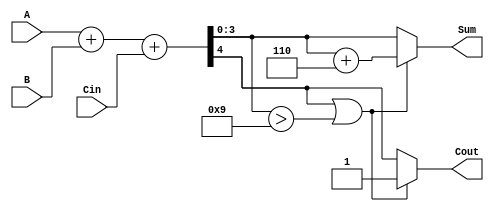
module BCD_Hybrid_Adder (
    input  wire [3:0] A,     // First BCD digit
    input  wire [3:0] B,     // Second BCD digit
    input  wire Cin,         // Carry input
    output reg [3:0] Sum,    // BCD output sum
    output reg Cout          // Carry output
);

    wire [4:0] S;            // 5-bit sum of A, B and Cin
    wire correction_needed;   // Flag for correction

    // Binary addition of A, B and Cin
    assign S = A + B + Cin;

    // Check if correction is needed: S[4] (carry out) or S[3:0] > 9
    assign correction_needed = S[4] || (S[3:0] > 4'b1001);

    always @(*) begin
        if (correction_needed) begin
            Sum = S[3:0] + 4'b0110; // Add 6 for correction
            Cout = 1'b1;            // Set carry out
        end else begin
            Sum = S[3:0];           // No correction needed
            Cout = S[4];           // Carry out from the binary adder
        end
    end

endmodule